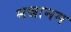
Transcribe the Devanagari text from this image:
मन्नानम